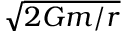
\textstyle { \sqrt { 2 G m / r } }